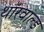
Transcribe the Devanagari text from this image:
थॉरवाल्ड